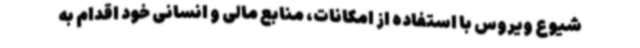
شیوع ویروس با استفاده از امکانات، منابع مالی و انسانی خود اقدام به